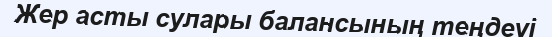
Жер асты сулары балансының теңдеуі